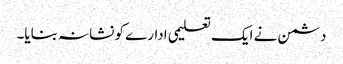
دشمن نے ایک تعلیمی ادارے کو نشانہ بنایا۔